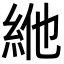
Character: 𥿞